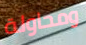
ومحاولة